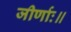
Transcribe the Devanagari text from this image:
जीर्णाः॥